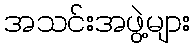
အသင်းအဖွဲ့များ